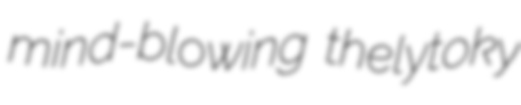
mind-blowing thelytoky